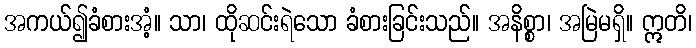
အကယ်၍ခံစားအံ့။ သာ၊ ထိုဆင်းရဲသော ခံစားခြင်းသည်။ အနိစ္စာ၊ အမြဲမရှိ။ ဣတိ၊